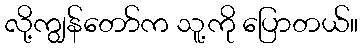
လို့ကျွန်တော်က သူ့ကို ပြောတယ်။